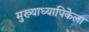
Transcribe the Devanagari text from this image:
मुख्याध्यापिकेला